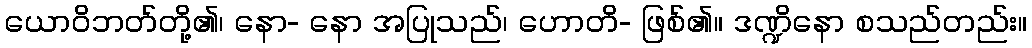
ယောဝိဘတ်တို့၏၊ နော- နော အပြုသည်၊ ဟောတိ- ဖြစ်၏။ ဒဏ္ဍိနော စသည်တည်း။